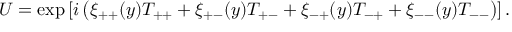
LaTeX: U = \exp \left[ i \left( \xi _ { + + } ( y ) T _ { + + } + \xi _ { + - } ( y ) T _ { + - } + \xi _ { - + } ( y ) T _ { - + } + \xi _ { -- } ( y ) T _ { -- } \right) \right] .